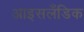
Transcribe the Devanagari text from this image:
आइसलॅंडिक